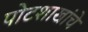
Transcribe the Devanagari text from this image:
पोटशाखांचे